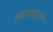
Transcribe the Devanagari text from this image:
अवतारस्वरुप